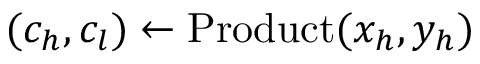
( c _ { h } , c _ { l } ) \gets \mathrm { P r o d u c t } ( x _ { h } , y _ { h } )